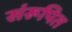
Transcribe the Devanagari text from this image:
संरूपित